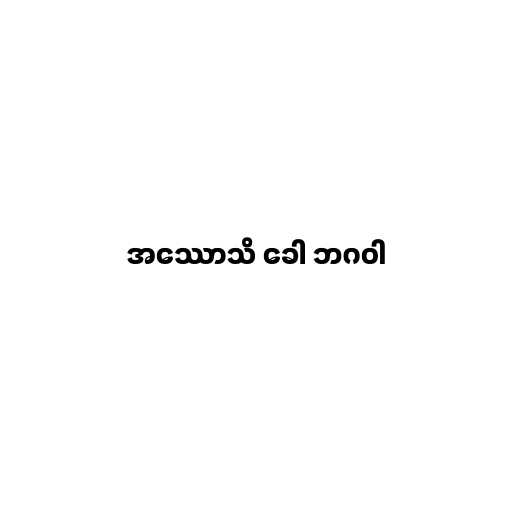
အဿောသိ ခေါ ဘဂဝါ